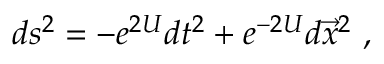
d s ^ { 2 } = - e ^ { 2 U } d t ^ { 2 } + e ^ { - 2 U } d \vec { x } ^ { 2 } \ ,